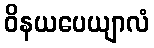
ဝိနယပေယျာလံ